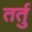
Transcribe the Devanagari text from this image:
तर्तु